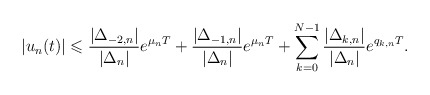
\begin{align*}|u_n(t)|\leqslant\frac{|\Delta_{-2,n}|}{|\Delta_n|}e^{\mu_nT}+\frac{|\Delta_{-1,n}|}{|\Delta_n|}e^{\mu_nT}+\sum\limits_{k=0}^{N-1}\frac{|\Delta_{k,n}|}{|\Delta_n|}e^{q_{k,n}T}.\end{align*}